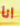
انا